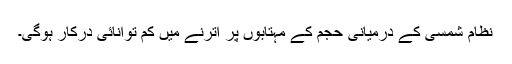
نظام شمسی کے درمیانی حجم کے مہتابوں پر اترنے میں کم توانائی درکار ہوگی۔